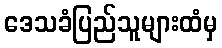
ဒေသခံပြည်သူများထံမှ